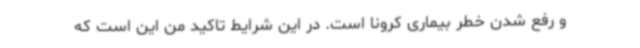
و رفع شدن خطر بیماری کرونا است. در این شرایط تاکید من این است که